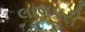
લાલપરી